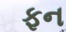
ફન